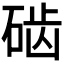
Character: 𱴐